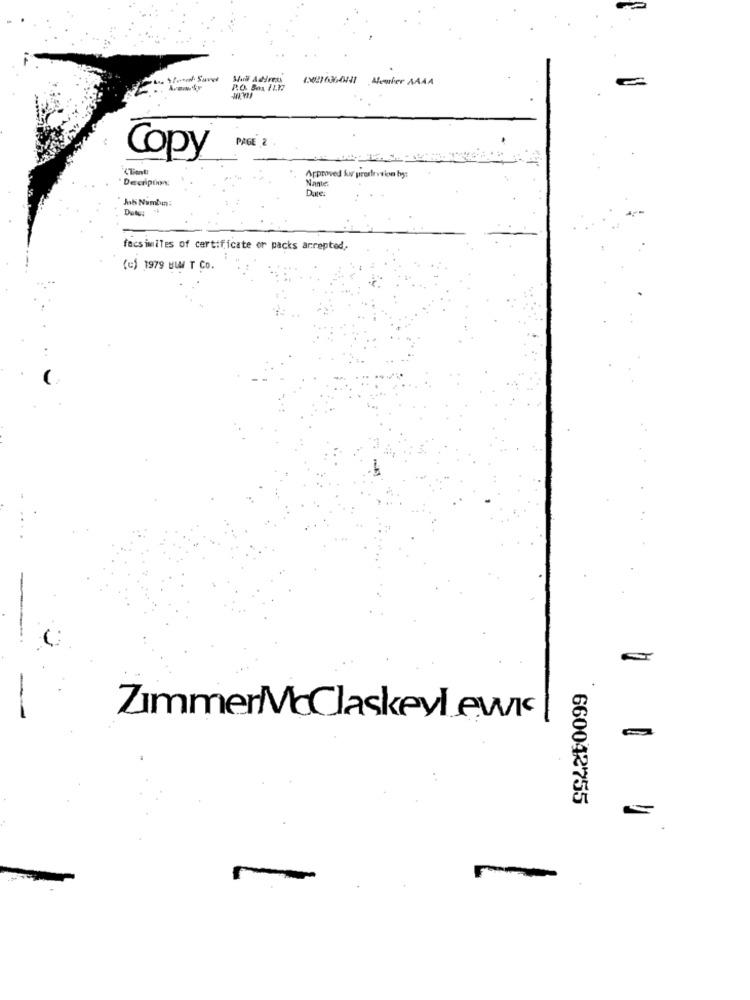
tu someof Savet
PAGE 2
Copy
Approved for presirve inn by:
Nantes
Due.
Job Numbin:
facsimiles of certificate or packs arrepted
(u) 1979 BUM T CO.
ZimmerMaClaskeylewc
-
660042755